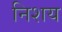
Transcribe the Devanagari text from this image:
निशय